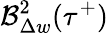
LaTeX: \mathcal{B}_{\Delta w}^{2}(\tau^{+})